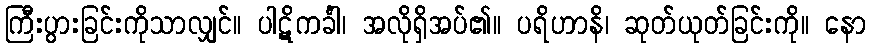
ကြီးပွားခြင်းကိုသာလျှင်။ ပါဋိကင်္ခါ၊ အလိုရှိအပ်၏။ ပရိဟာနိ၊ ဆုတ်ယုတ်ခြင်းကို။ နော